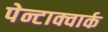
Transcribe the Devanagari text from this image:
पेन्टाक्वार्क